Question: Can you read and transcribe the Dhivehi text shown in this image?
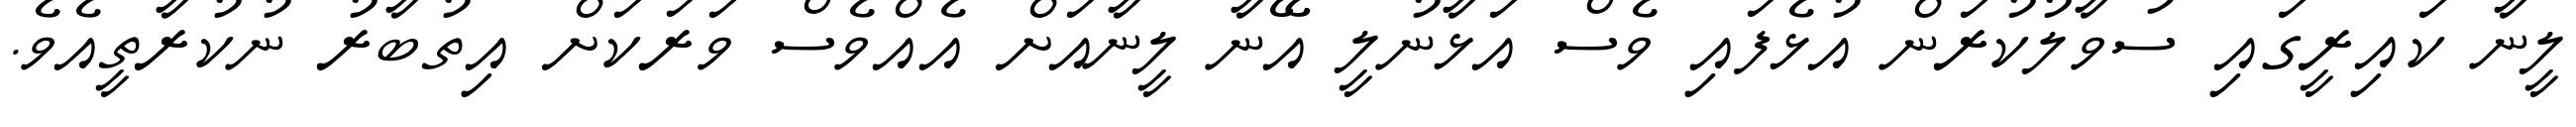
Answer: ލީނާ ކައިރީގައި ސުވާލުކުރަން އުޅެފައި ވެސް އަޅާނުލީ އޭނާ ލީނާއަށް އެއްވެސް ވަރަކަށް އިތުބާރު ނުކުރާތީއެވެ.